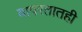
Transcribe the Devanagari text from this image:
वापरतातही